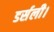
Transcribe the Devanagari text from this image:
डर्सली।